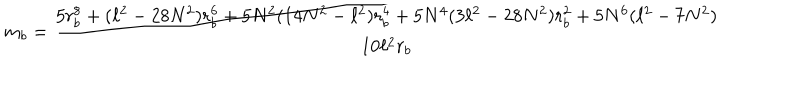
m _ { b } = \frac { 5 r _ { b } ^ { 8 } + ( \ell ^ { 2 } - 2 8 N ^ { 2 } ) r _ { b } ^ { 6 } + 5 N ^ { 2 } ( 1 4 N ^ { 2 } - \ell ^ { 2 } ) r _ { b } ^ { 4 } + 5 N ^ { 4 } ( 3 \ell ^ { 2 } - 2 8 N ^ { 2 } ) r _ { b } ^ { 2 } + 5 N ^ { 6 } ( \ell ^ { 2 } - 7 N ^ { 2 } ) } { 1 0 \ell ^ { 2 } r _ { b } }